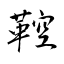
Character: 鞚